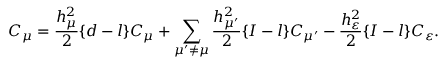
C _ { \mu } = \frac { h _ { \mu } ^ { 2 } } { 2 } \{ d - l \} C _ { \mu } + \sum _ { \mu ^ { \prime } \not = \mu } \frac { h _ { \mu ^ { \prime } } ^ { 2 } } { 2 } \{ I - l \} C _ { \mu ^ { \prime } } - \frac { h _ { \varepsilon } ^ { 2 } } { 2 } \{ I - l \} C _ { \varepsilon } .